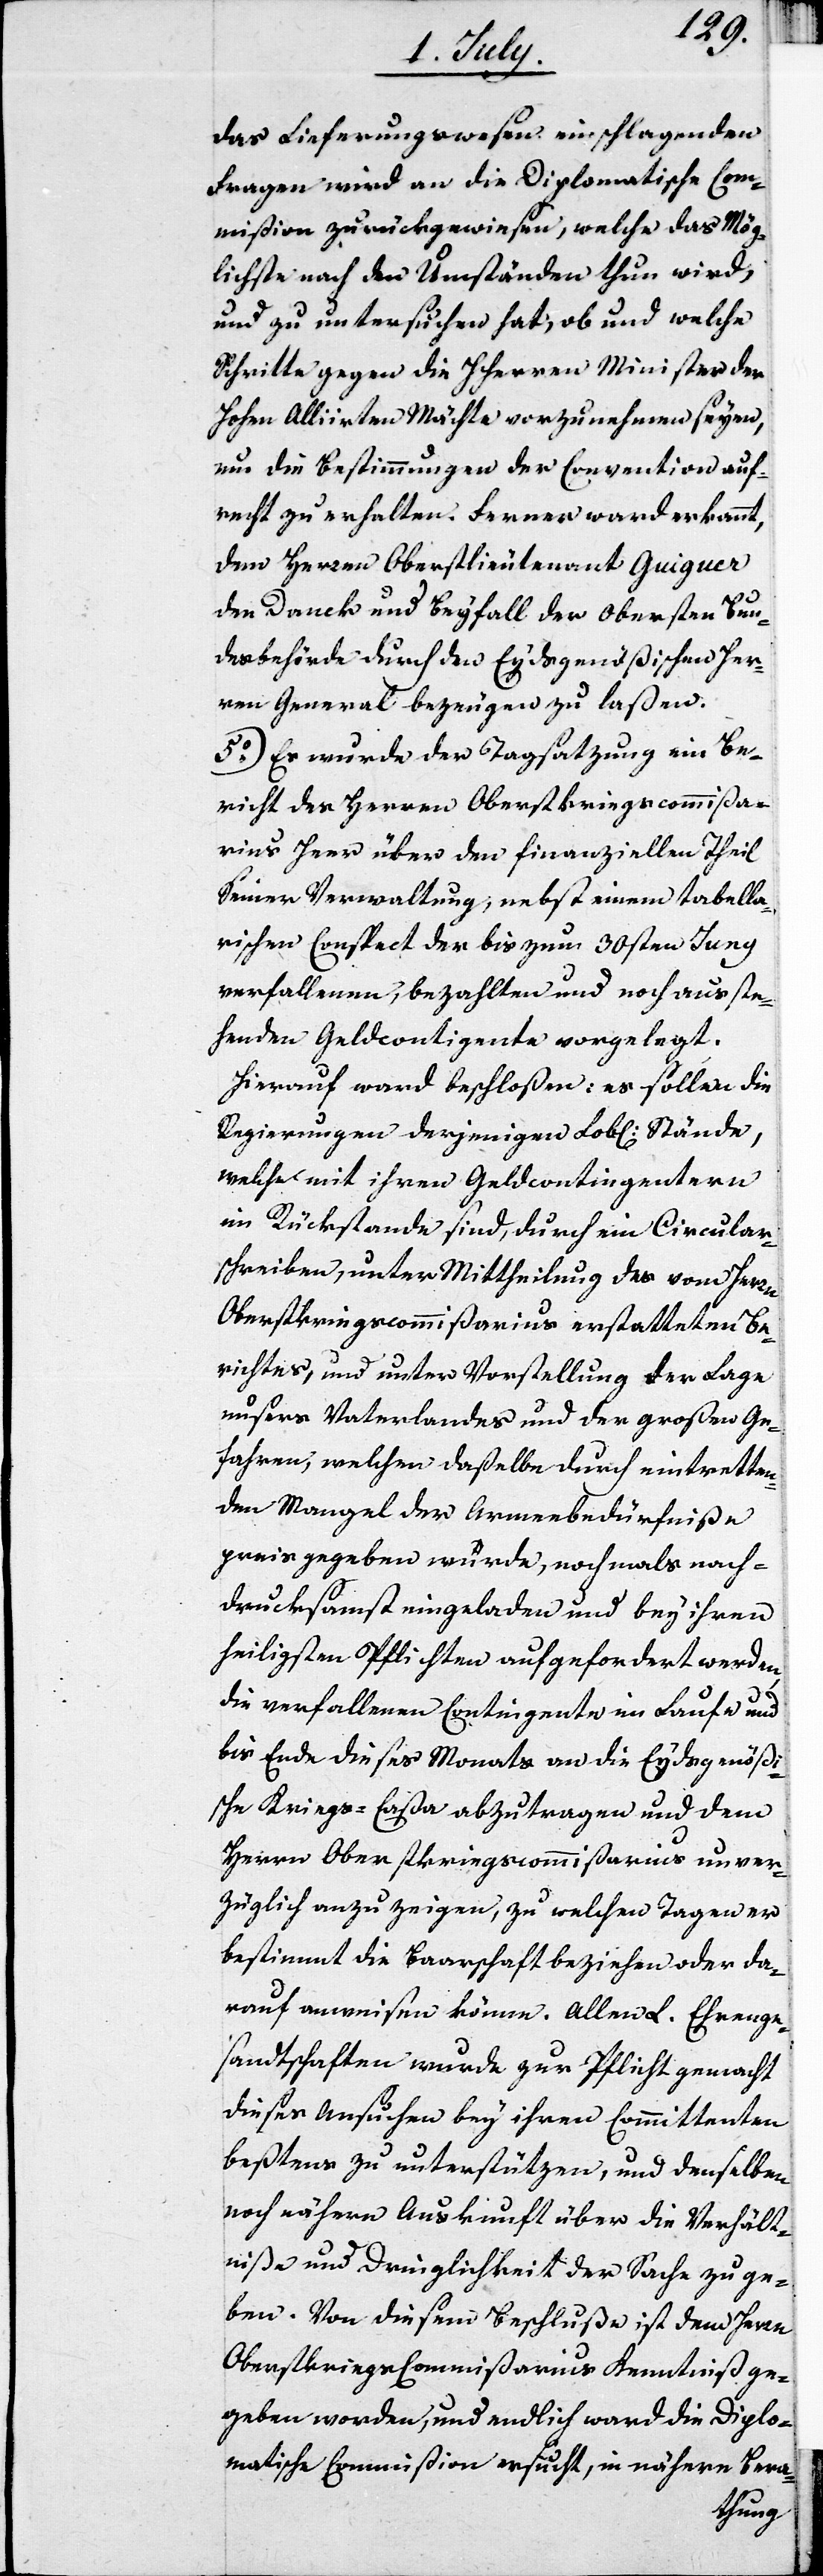
das Lieferungswesen einschlagenden
Fragen wird an die Diplomatische Com¬
mißion zurückgewiesen, welche das Mög¬
lichste nach den Umständen thun wird,
und zu untersuchen hat, ob und welche
Schritte gegen die Herren Minister der
Hohen Alliirten Mächte vorzunehmen seyen,
um die Bestimmungen der Convention auf¬
recht zu erhalten. Ferner ward erkannt,
dem Herren Oberstlieutenant Guiguer
den Danck und Beyfall der Obersten Bun¬
desbehörde durch den Eydsgenößischen Her¬
ren General bezeugen zu laßen.
5o) Es wurde der Tagsatzung ein Be¬
richt des Herren Oberstkriegscommißa¬
rius Heer über den finanziellen Theil
Seiner Verwaltung, neben einem tabella¬
rischen Conspect der bis zum 30sten Juny
verfallenen, bezahlten und noch ausste¬
henden Geldcontingente vorgelegt.
Hierauf ward beschloßen: es sollen die
Regierungen derjenigen Lob[lichen] Stände,
welche mit ihren Geldcontingentern
im Rückstande sind, durch ein Circular¬
schreiben, unter Mittheilung des vom Herrn
Oberstkriegscommißarius erstatteten Be¬
richtes, und unter Vorstellung der Lage
unsers Vaterlandes und der großen Ge¬
fahren, welches daßelbe durch eintretten¬
den Mangel der Armeebedürfniße
preis gegeben würde, nochmals nach¬
drucksamst eingeladen und bey ihren
heiligsten Pflichten aufgefordert werden,
die verfallenen Contingente im Laufe und
bis Ende dieses Monats an die Eydsgenößi¬
sche Kriegs-Caßa abzutragen und dem
Herrn Oberstkriegscommißarius unver¬
züglich anzuzeigen, zu welchen Tagen er
bestimmt die Baarschaft beziehen oder da¬
rauf anweisen könne. Allen L. Ehrenge¬
sandtschaften wurde zur Pflicht gemacht
diese Ansuchen bey ihren Committenten
beßtens zu unterstützen, und denselben
noch nähere Auskunft über die Verhält¬
niße und Dringlichkeit der Sache zu ge¬
ben. Von diesem Beschluße ist dem Herrn
Oberstkriegs-Commißarius Kenntniß ge¬
geben worden, und endlich ward die Diplo¬
matische Commißion ersucht, in nähere Bera-